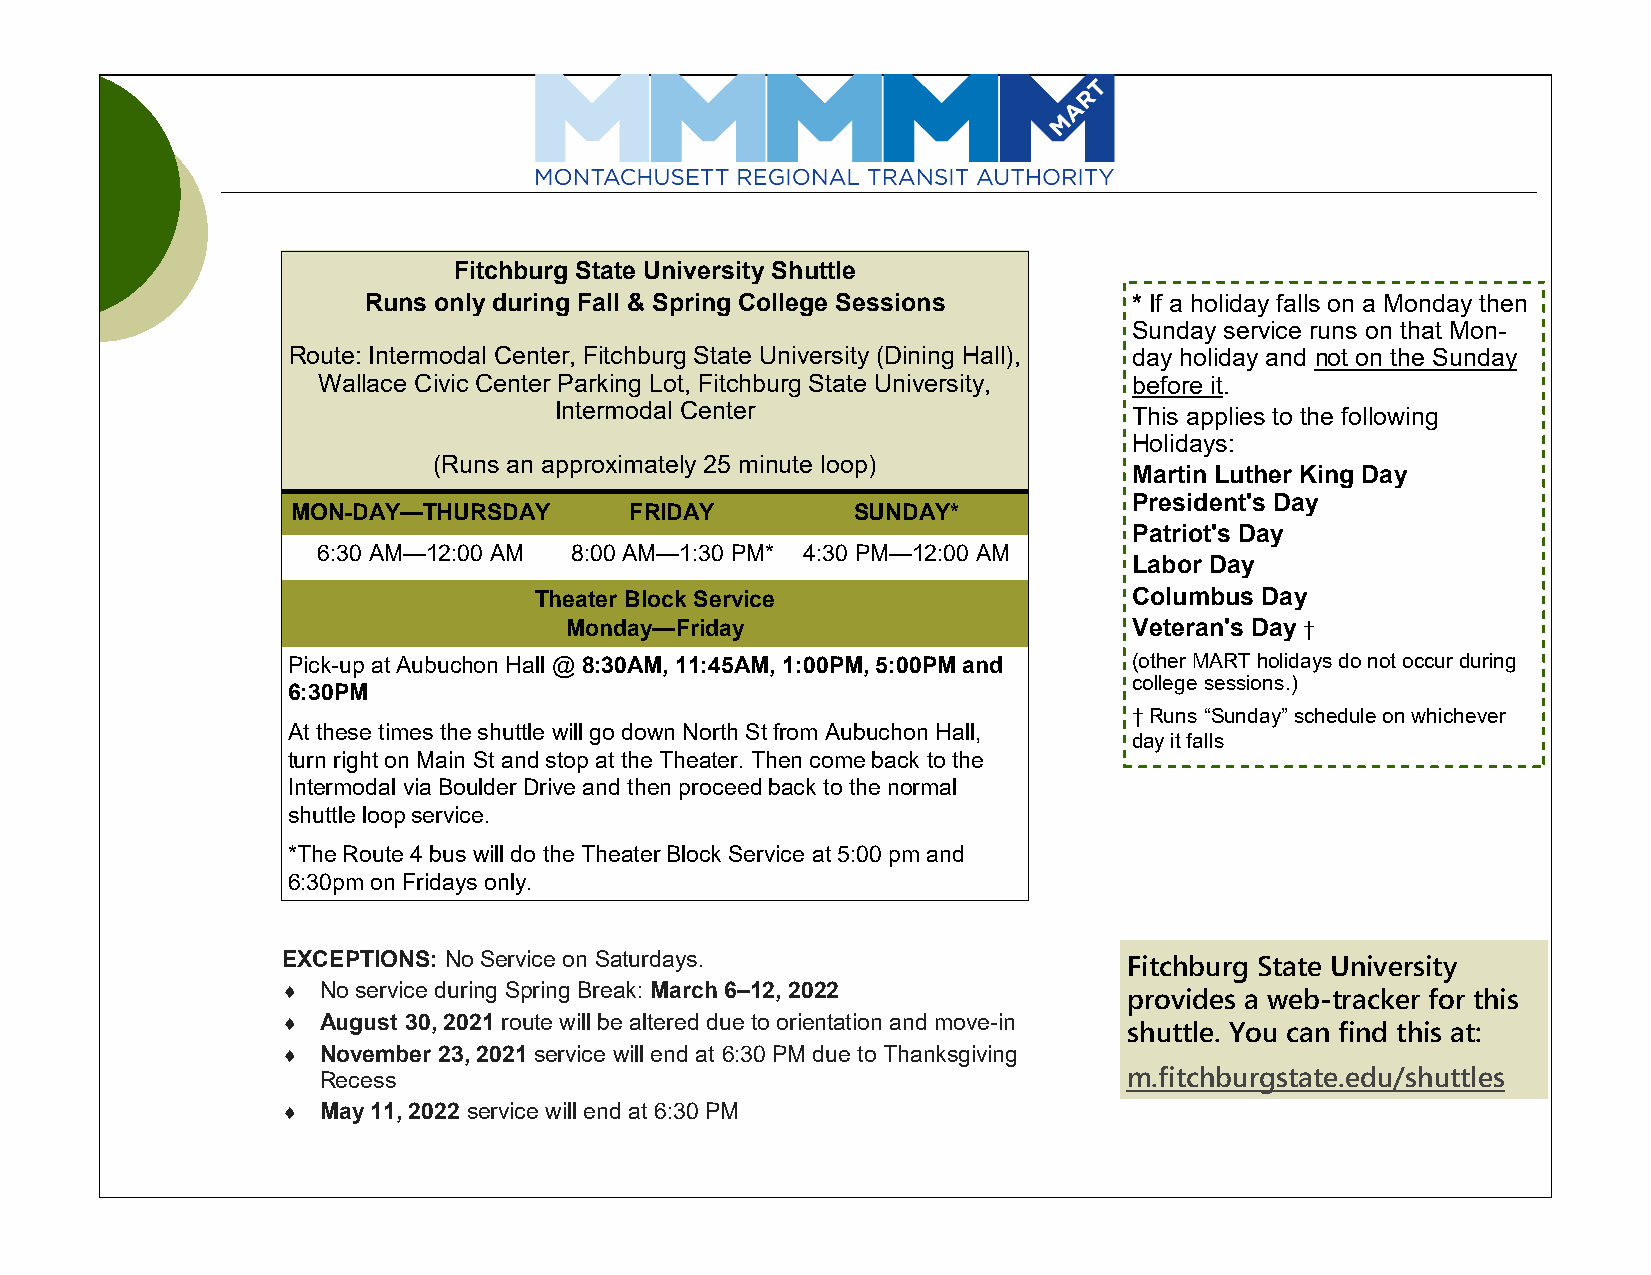
Fitchburg State University Shuttle
 Runs only during Fall & Spring College Sessions    * If a holiday falls on a Monday then
 Sunday service runs on that Mon-
 Route: Intermodal Center, Fitchburg State University (Dining Hall), day holiday and not on the Sunday
 Wallace Civic Center Parking Lot, Fitchburg State University, before it.
 Intermodal Center                     This applies to the following
 Holidays:
 (Runs an approximately 25 minute loop)
 Martin Luther King Day
 President's Day
 MON-DAY—THURSDAY       FRIDAY        SUNDAY*
 Patriot's Day
 6:30 AM—12:00 AM 8:00 AM—1:30 PM* 4:30 PM—12:00 AM
 Labor Day
 Theater Block Service                   Columbus Day
 Monday—Friday                         Veteran's Day †
 Pick-up at Aubuchon Hall @ 8:30AM, 11:45AM, 1:00PM, 5:00PM and (other MART holidays do not occur during
 college sessions.)
 6:30PM
 † Runs “Sunday” schedule on whichever
 At these times the shuttle will go down North St from Aubuchon Hall,
 day it falls
 turn right on Main St and stop at the Theater. Then come back to the
 Intermodal via Boulder Drive and then proceed back to the normal
 shuttle loop service.
 *The Route 4 bus will do the Theater Block Service at 5:00 pm and
 6:30pm on Fridays only.
 EXCEPTIONS: No Service on Saturdays.                    Fitchburg State University
  No service during Spring Break: March 6–12, 2022      provides a web-tracker for this
  August 30, 2021 route will be altered due to orientation and move-in shuttle. You can find this at:
  November 23, 2021 service will end at 6:30 PM due to Thanksgiving
 Recess                                                m.fitchburgstate.edu/shuttles
  May 11, 2022 service will end at 6:30 PM